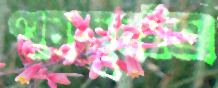
হুলস্থুলইঅ